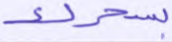
بسحرك